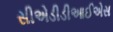
સીએડીડીઆઈએસ